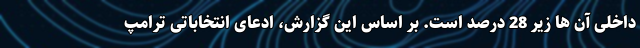
داخلی آن ها زیر 28 درصد است. بر اساس این گزارش، ادعای انتخاباتی ترامپ